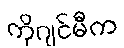
ကိုဂျင်မီက